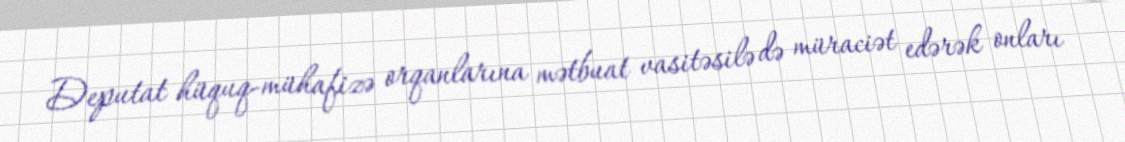
Deputat hüquq-mühafizə orqanlarına mətbuat vasitəsilə də müraciət edərək onları